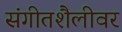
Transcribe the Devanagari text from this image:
संगीतशैलीवर